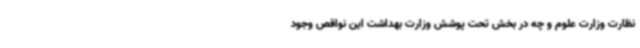
نظارت وزارت علوم و چه در بخش تحت پوشش وزارت بهداشت این نواقص وجود